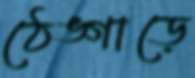
ঠেঙ্গাড়ে